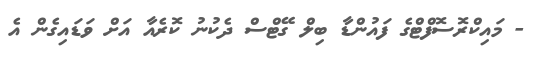
- މައިކްރޮސޮފްޓްގެ ފައުންޑާ ބިލް ގޭޓްސް ދެކުނު ކޮރެއާ އަށް ވަޑައިގެން އެ